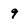
Character: 9